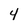
Character: 4